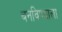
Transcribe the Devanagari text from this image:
बनविण्याला